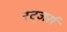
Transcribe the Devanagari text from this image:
रट्जर्स